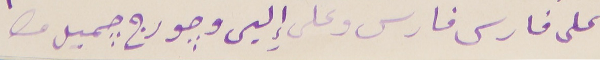
على فارس وعلى إِلين وجورج جميل